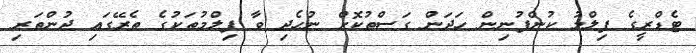
ޓެޑްރީގެ ފިލްމު ކުންފުނިން ހަދަން ގަސްތުކޮށް ނުހެދި ވާ ފިލްމުތަކުގެ ތެރޭގައި ދުންތަރި